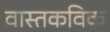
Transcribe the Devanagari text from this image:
वास्तकविक